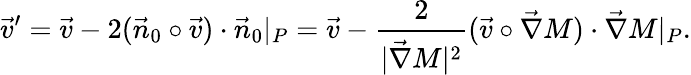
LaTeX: \vec{v}^{\prime}=\vec{v}-2(\vec{n}_{0}\circ\vec{v})\cdot\vec{n}_{0}|_{P}=\vec{v}-\frac{2}{|\vec{\nabla}M|^{2}}(\vec{v}\circ\vec{\nabla}M)\cdot\vec{\nabla}M|_{P}.